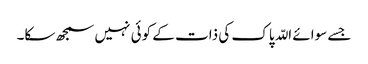
جسے سوائے اللّہ پاک کی ذات کے کوئی نہیں سمجھ سکا۔